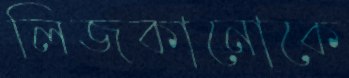
লিজকানোকে